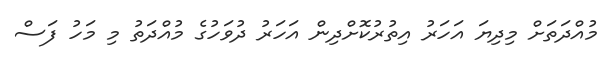
މުއްދަތަށް މިދިޔަ އަހަރު އިތުރުކޮށްދިން އަހަރު ދުވަހުގެ މުއްދަތު މި މަހު ފަސް